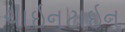
ચાઇનટાઇન